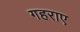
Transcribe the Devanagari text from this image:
गहराए